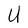
Character: U